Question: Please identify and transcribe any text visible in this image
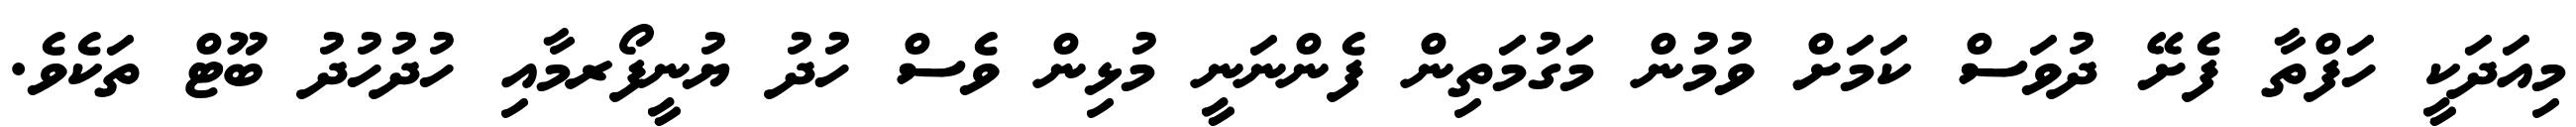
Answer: މިއަދަކީ ހަފްތާ ފެށޭ ދުވަސް ކަމަށް ވުމުން މަގުމަތިން ފެންނަނީ މުޅިން ވެސް ހުދު ޔުނީފޯރމާއި ހުދުހުދު ބޫޓް ތަކެވެ.